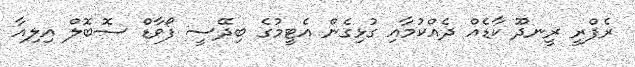
ރެފްރީ ރީނދޫ ކާޑެއް ދެއްކުމާއި ގުޅިގެން އެޓީމުގެ ބިދޭސީ ފޯވާޑް ސޮބޮލް އިލިއާ